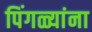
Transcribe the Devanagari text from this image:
पिंगळ्यांना